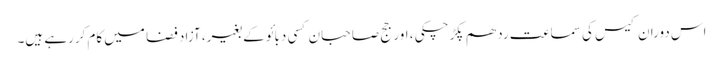
اس دوران کیس کی سماعت ردھم پکڑچکی ، اور جج صاحبان کسی دبائو کے بغیر، آزاد فضا میں کام کررہے ہیں۔